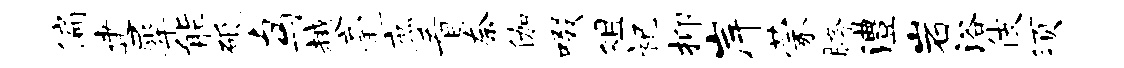
偏建犀能砥鸟越毫庶看奈伽啜俎祀抑岸蒙胯澧岩浴伎须